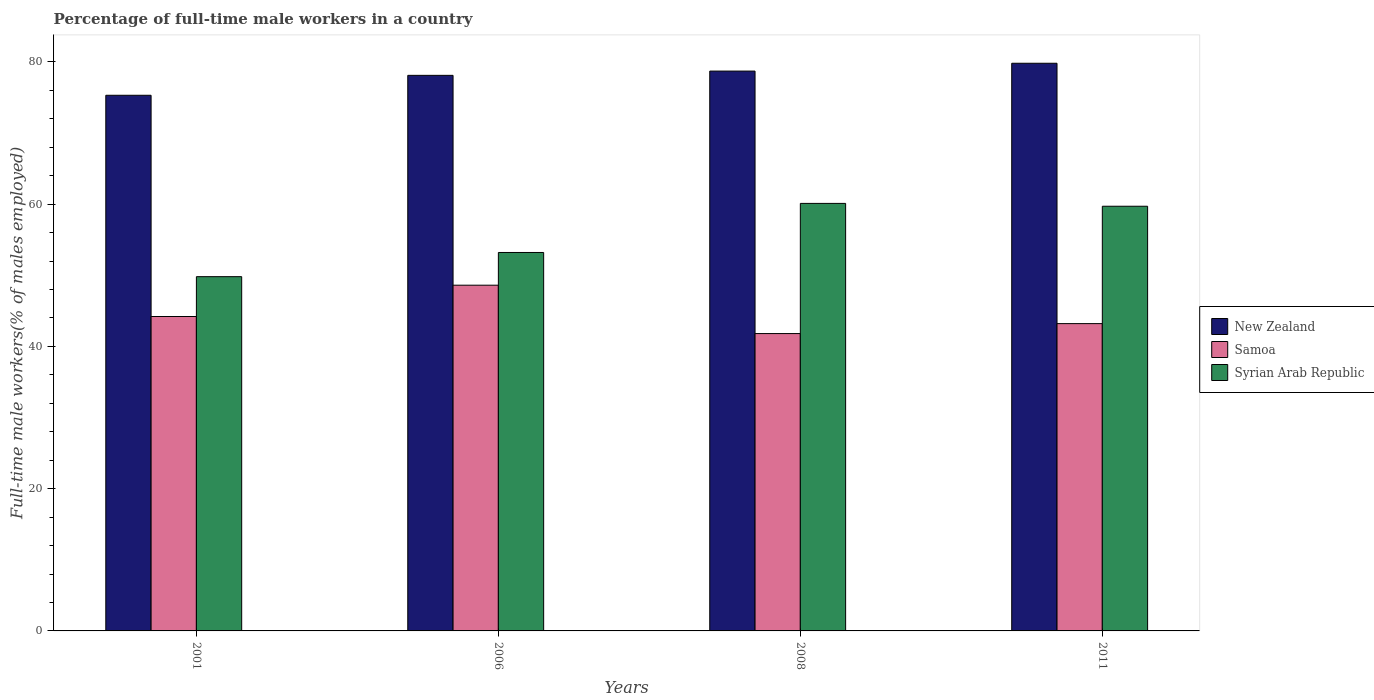
| Years | New Zealand | Samoa | Syrian Arab Republic |
 | --- | --- | --- | --- |
 | 2001 | 75.3 | 44.2 | 49.8 |
 | 2006 | 78.1 | 48.6 | 53.2 |
 | 2008 | 78.7 | 41.8 | 60.1 |
 | 2011 | 79.8 | 43.2 | 59.7 |